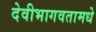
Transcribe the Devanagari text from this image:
देवीभागवतामधे